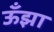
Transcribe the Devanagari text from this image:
ऊँझा